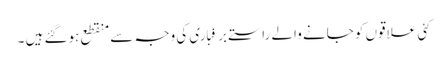
کئی علاقوں کو جانے والے راستے برفباری کی وجہ سے منقطع ہوگئے ہیں ۔